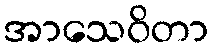
အာသေဝိတာ